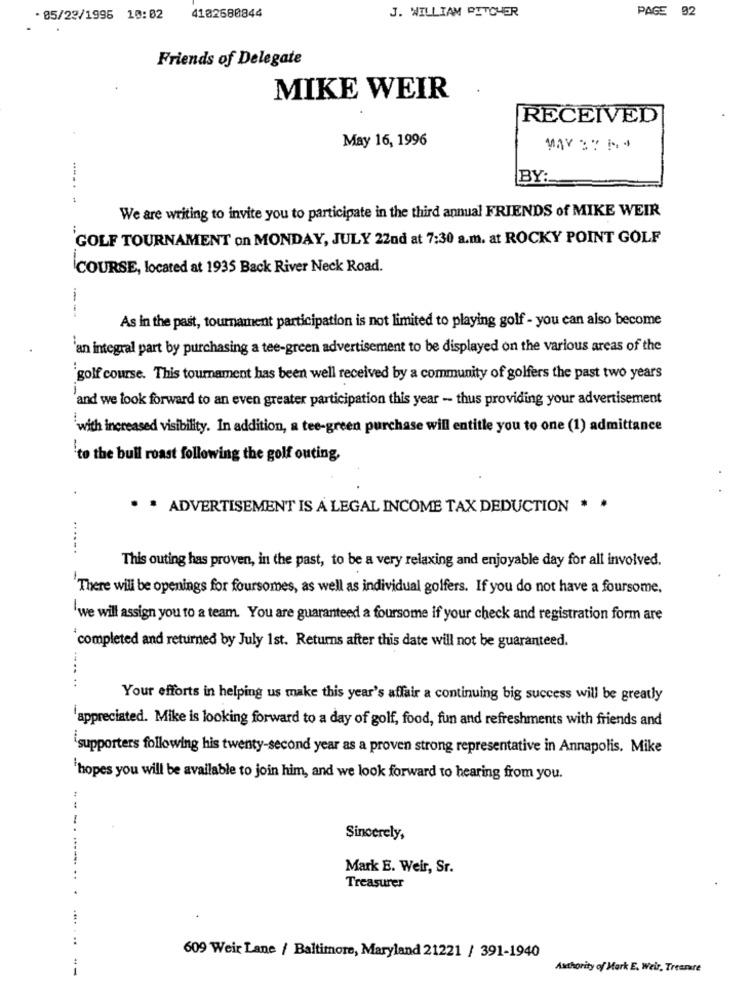
J. WILLIAM PITCHER
PAGE 02
· 05/23/1995 10:02
4102680844
Friends of Delegate
MIKE WEIR
RECEIVED
May 16, 1996
BY:
......
We are writing to invite you to participate in the third annual FRIENDS of MIKE WEIR
GOLF TOURNAMENT on MONDAY, JULY 22nd at 7:30 a.m. at ROCKY POINT GOLF
COURSE, located at 1935 Back River Neck Road.
As in the past, tournament participation is not limited to playing golf - you can also become
'an integral part by purchasing a tee-green advertisement to be displayed on the various areas of the
golf course. This tournament has been well received by a community of golfers the past two years
and we look forward to an even greater participation this year - thus providing your advertisement
with increased visibility. In addition, a tee-green purchase will entitle you to one (1) admittance
'to the bull roast following the golf outing,
. . ADVERTISEMENT IS A LEGAL INCOME TAX DEDUCTION * *
This outing has proven, in the past, to be a very relaxing and enjoyable day for all involved.
There will be openings for foursomes, as well as individual golfers. If you do not have a foursome.
'we will assign you to a team. You are guaranteed a foursome if your check and registration form are
completed and returned by July 1st. Returns after this date will not be guaranteed.
Your efforts in helping us make this year's affair a continuing big success will be greatly
appreciated. Mike is looking forward to a day of golf, food, fun and refreshments with friends and
'supporters following his twenty-second year as a proven strong representative in Annapolis. Mike
`hopes you will be available to join him, and we look forward to hearing from you.
Sincerely,
Mark E. Weir, Sr.
Treasurer
..
609 Weir Lane / Baltimore, Maryland 21221 / 391-1940
--
Authority of Mark E. Weir, Treasure